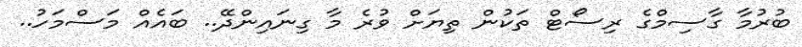
ބުރުމާ ގާސިމްގެ ރިސޯޓް ތަކުން ތިޔަށް ވުރެ މާ ގިނައިންދޭ.. ބައެއް މަސްމަހު..